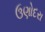
ઉણોદરા